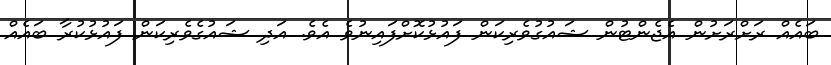
ބައެއް ރަށްރަށުން އެޖެންޓުން ޝައުގުވެރިކަން ފައުޅުކޮށްފައިނުވެ އެވެ. އަދި ޝައުގެވެރިކަން ފައުޅުކުރާ ބައެއް